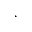
\cdot